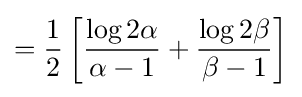
={\frac {1}{2}}\left[{\frac {\log 2\alpha }{\alpha -1}}+{\frac {\log 2\beta }{\beta -1}}\right]